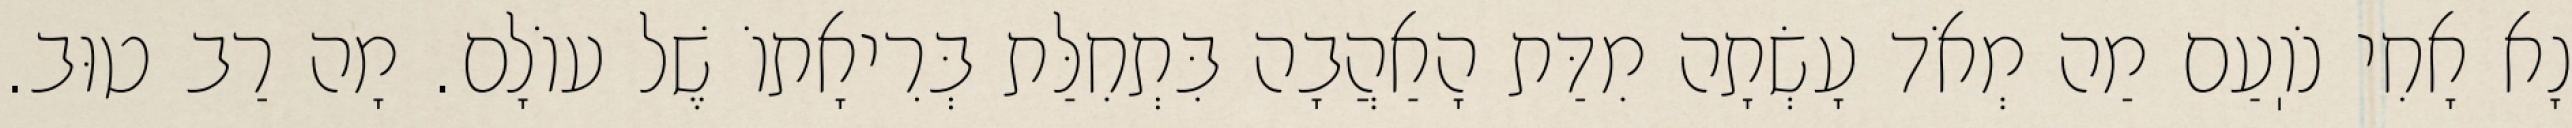
נָא אָחִי נֹוֽעַם מַה מְאֹד עָשְׂתָה מִדַּת הָאַהֲבָה בִּתְחִלַּת בְּרִיאָתוֹ שֶׁל עוֹלָם. מָה רַב טוּב.